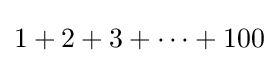
1+2+3+\cdots +100